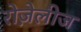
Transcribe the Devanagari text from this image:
रोज़ेलीज